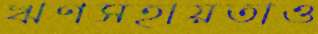
ঋণসহায়তাও